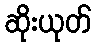
ဆိုးယုတ်